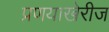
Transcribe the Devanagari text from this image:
प्रणयाखेरीज